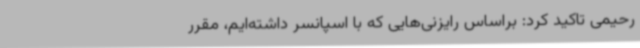
رحیمی تاکید کرد: براساس رایزنی‌هایی که با اسپانسر داشته‌ایم، مقرر